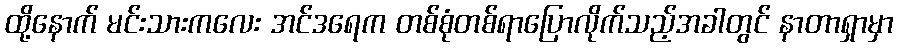
ထို့နောက် မင်းသားကလေး အင်ဒရေက တစ်စုံတစ်ရာပြောလိုက်သည့်အခါတွင် နာတာရှာမှာ